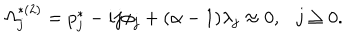
LaTeX: \Omega _ { j } ^ { * ( 2 ) } = p _ { j } ^ { * } - i j \phi _ { j } + ( \alpha - 1 ) \lambda _ { j } \approx 0 , j \geq 0 .